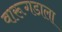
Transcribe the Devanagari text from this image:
वारूगडाला